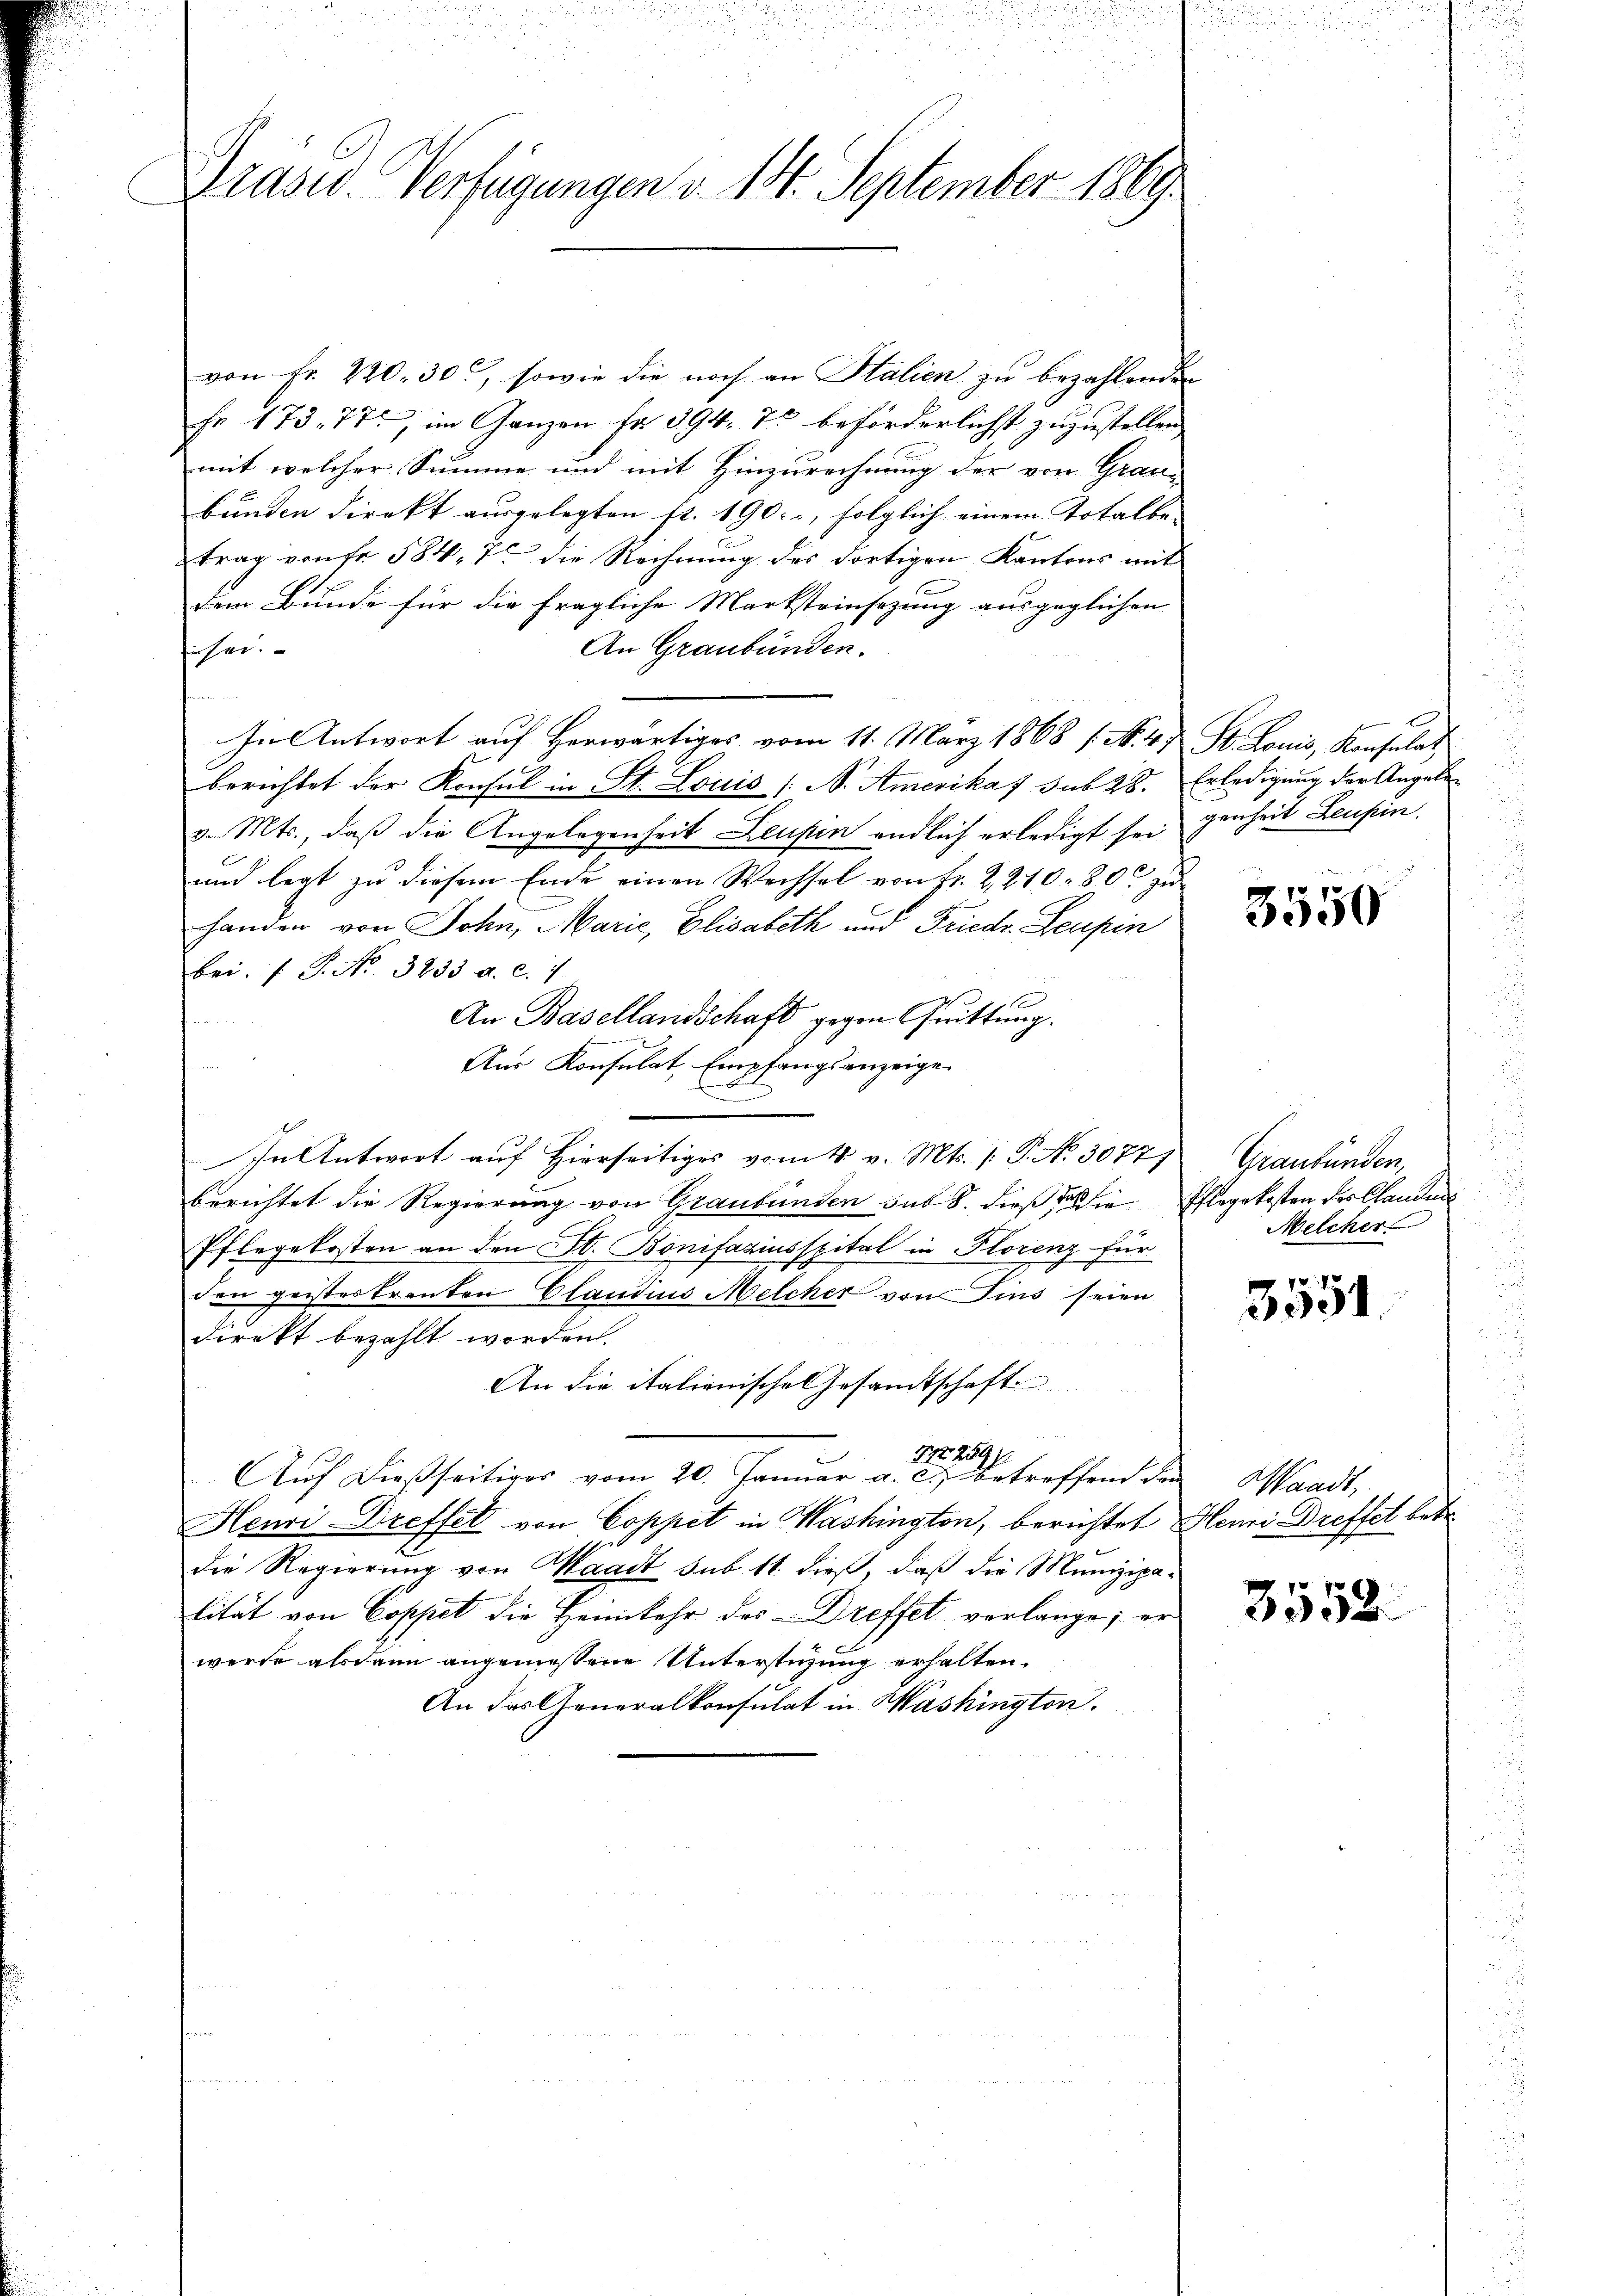
Präsid. Verfügungen v. 14. September 1869.

von Fr. 220. 30, sowie die noch an Stalien zu bezahlenden
Fr. 173. 77, im Ganzen fr 394. 73 beförderlichst zuzustellen
mit welcher Summe und mit Hinzurechnung der von Grau-
bunden direkt ausgelegten fr. 190, folglich einem Totalbe- |
trag von fr. 584, 7. die Rechnung des dortigen Kantons mit
dem Bunde für die fragliche Marksteinsezung ausgeglichen |
An Graubünden.
führen.
In Antwort auf Herwärtiges vom 11. März 1868 / N. 4) St. Louis, Konsulat
berichtet der Konsul in St. Louis / B. Amerikaf sub 28. Erledigung der Angele
v. Mts., daß die Angelegenheit Leupen endlich erledigt sei genheit Leupin.
und legt zu diesem Ende einen Wechsel von Fr. 2,210. 800 zu
handen von Sohn, Marie, Elisabeth und Friedr. Leupin
bei. (: P. Nr. 3233. a. c. 7
An Basellandschaft gegen Quittung.
Aus Konsulat, Empfangsanzeige
In Antwort auf Hierseitiges vom 4. v. Mts. (T. No 3077)
berichtet die Regierung von Graubünden sub 8. dieß das sie Pflegekosten der Claudes
Pflegekosten an den St. Bonifaziusspital in Florenz für
den geistes tranten Claudius Melcher von Fins seien
7
direkt bezahlt worden.
An die italienische Gesandtschaft
17 1891
Auf dießseitiges vom 20. Januar a. c. betreffend der
Henri-Dreffet von Coppet in Washington, berichtet Henni Dreffet betr.
die Regierung von Waadt sub. 11. dieß, daß die Munizipalität von Coppet die Heimkehr des Dreffet verlange; er
werde alsdann angemessene Unterstüzung erhalten.
An das Generalkonsulat in Washington.

3550

Graubünden,
Melcher

3551

Waadt,

3552